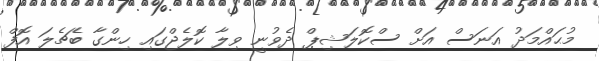
މުޙައްމަދު އަނަސް އަށް ސްކޮލަޝިޕް ދެވުނީ ވިލާ ކޮލެޖްގައި ހިންގާ ބެޗެލަ އޮފް